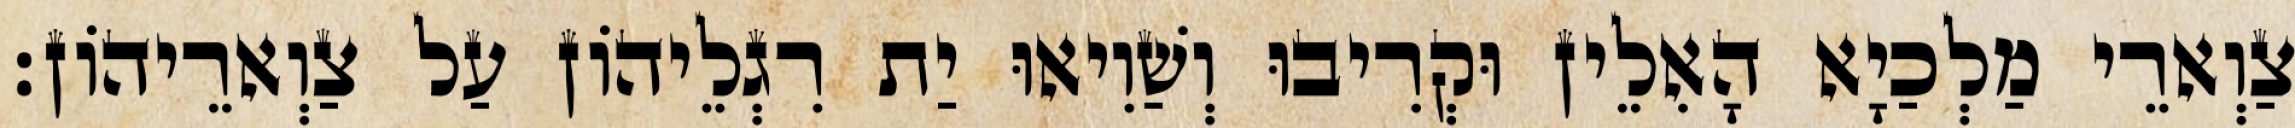
צַוְארֵי מַלְכַיָא הָאִלֵין וּקְרִיבוּ וְשַׁוִיאוּ יַת רִגְלֵיהוֹן עַל צַוְארֵיהוֹן׃